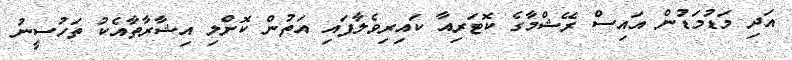
އަދި މަޑުމަޑުން އައިސް ރޭޝްމާގެ ކޮޓަރިއާ ކައިރިވެލާފައި އަތުން ކޮށްލި އިޝާރާތާއެކު ތަހުސީނު